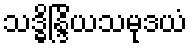
သဒ္ဓိန္ဒြိယသမုဒယံ